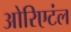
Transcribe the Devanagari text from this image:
ओरिएटंल